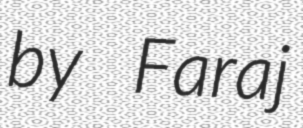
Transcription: by Faraj